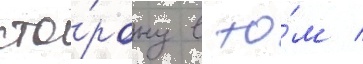
сто́рону в то́м /